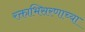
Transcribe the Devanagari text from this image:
रक्ताभिसरणाच्या